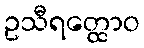
ဥသီရတ္ထောဝ